Scientific memoirs by medical officers of the Army of India - Part X,
Year: 1897
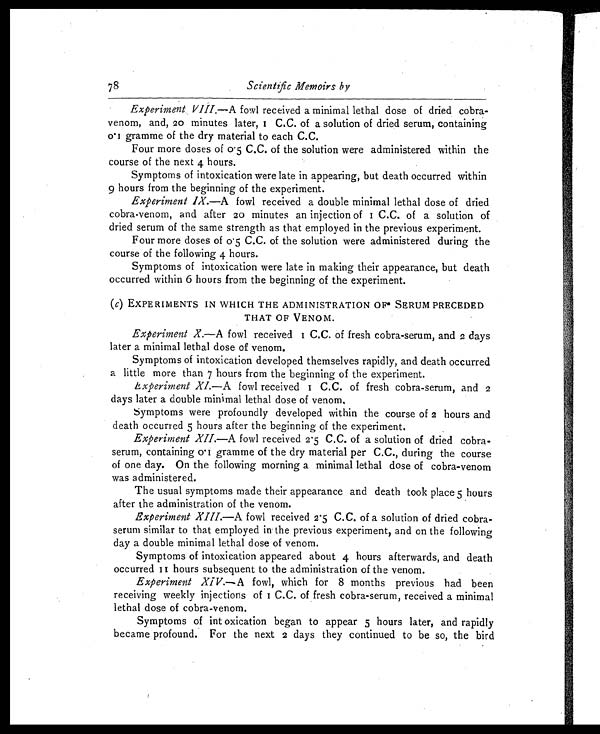
78
Scientific Memoirs by
Experiment VIII.—A fowl received a minimal lethal dose of dried cobra-
venom, and, 20 mi nutes l ater, 1 C. C. of a sol uti on of dri ed serum, contai ni ng
0.1 gramme of the dry material to each C.C.
Four more doses of 0.5 C.C. of the solution were administered within the
course of the next 4 hours.
Symptoms of intoxication were late in appearing, but death occurred within
9 hours from the beginning of the experiment.
Experiment IX.—A fowl received a double minimal lethal dose of dried
cobra-venom, and after 20 minutes an injection of 1 C.C. of a solution of
dried serum of the same strength as that employed in the previous experiment.
Four more doses of 0.5 C.C. of the solution were administered during the
course of the following 4 hours.
Symptoms of intoxication were late in making their appearance, but death
occurred within 6 hours from the beginning of the experiment.
( c) EXPERIMENTS IN WHICH THE ADMINISTRATION OF SERUM PRECEDED
THAT OF VENOM.
Experiment X. —A fowl received 1 C.C. of fresh cobra-serum, and 2 days
later a minimal lethal dose of venom.
Symptoms of intoxication developed themselves rapidly, and death occurred
a little more than 7 hours from the beginning of the experiment.
Experiment XI. —A fowl received 1 C.C. of fresh cobra-serum, and 2
days later a double minimal lethal dose of venom,
Symptoms were profoundly developed within the course of 2 hours and
death occurred 5 hours after the beginning of the experiment.
Experiment XII. —A fowl received 2.5 C.C. of a solution of dried cobra-
serum, containing 0.1 gramme of the dry material per C.C., during the course
of one day. On the following morning a minimal lethal dose of cobra-venom
was administered.
The usual symptoms made their appearance and death took place 5 hours
after the administration of the venom.
Experiment XIII.—A fowl received 2.5 C.C. of a solution of dried cobra-
serum similar to that employed in the previous experiment, and on the following
day a double minimal lethal dose of venom.
Symptoms of intoxication appeared about 4 hours afterwards, and death
occurred 11 hours subsequent to the administration of the venom.
Experiment XIV.—A fowl, which for 8 months previous had been
recei vi ng weekl y i nj ecti ons of 1 C. C. of fresh cobra-serum, recei ved a mi ni mal
lethal dose of cobra-venom.
Symptoms of int oxication began to appear 5 hours later, and rapidly
became profound. For the next 2 days they continued to be so, the bird